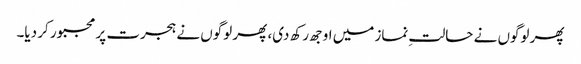
پھر لوگوں نے حالتِ نماز میں اوجھ رکھ دی، پھر لوگوں نے ہجرت پر مجبور کر دیا۔